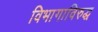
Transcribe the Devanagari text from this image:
विभागाविरुद्ध